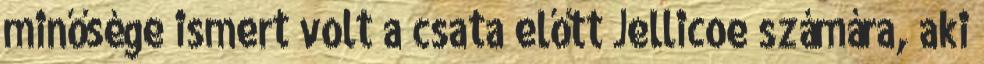
minősége ismert volt a csata előtt Jellicoe számára, aki